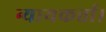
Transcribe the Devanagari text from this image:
न्यायकर्त्ता।